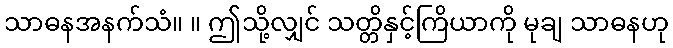
သာဓနအနက်သံ။ ။ ဤသို့လျှင် သတ္တိနှင့်ကြိယာကို မုချ သာဓနဟု